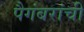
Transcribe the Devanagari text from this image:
पैगंबरांची